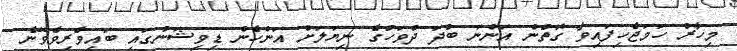
މިހާރު ހަމަޖެހިފައިވާ ގޮތުން އަންނަ ބުދަ ދުވަހުގެ ނިޔަލަށް އަންހެން ޑިވިޝަނުގައި ބައިވެރިވެވޭނެ